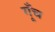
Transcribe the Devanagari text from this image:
गूँच